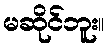
မဆိုင်ဘူး။